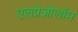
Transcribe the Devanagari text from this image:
एलप्रेजोलॉम